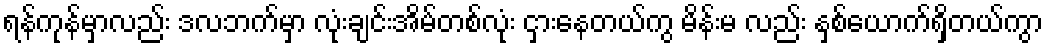
ရန်ကုန်မှာလည်း ဒလဘက်မှာ လုံးချင်းအိမ်တစ်လုံး ငှားနေတယ်ကွ မိန်းမ လည်း နှစ်ယောက်ရှိတယ်ကွာ